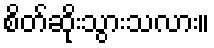
စိတ်ဆိုးသွားသလား။